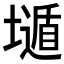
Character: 𱘇